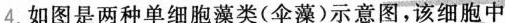
4.如图是两种单细胞藻类(伞藻)示意图，该细胞中